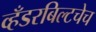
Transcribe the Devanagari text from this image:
व्हँडरबिल्टचेच